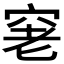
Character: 𥥧